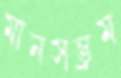
মানসম্ভ্রম